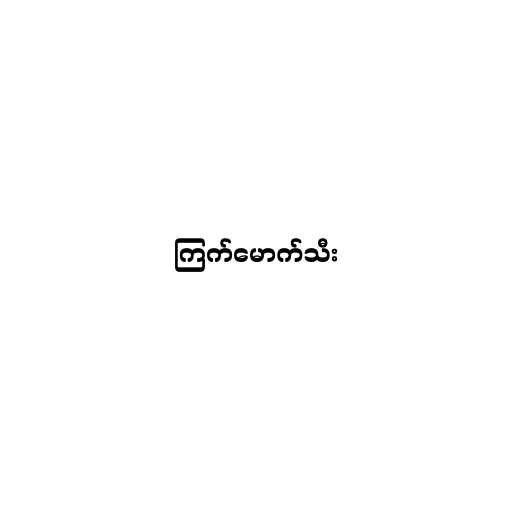
ကြက်မောက်သီး